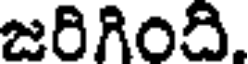
జరిగింది.